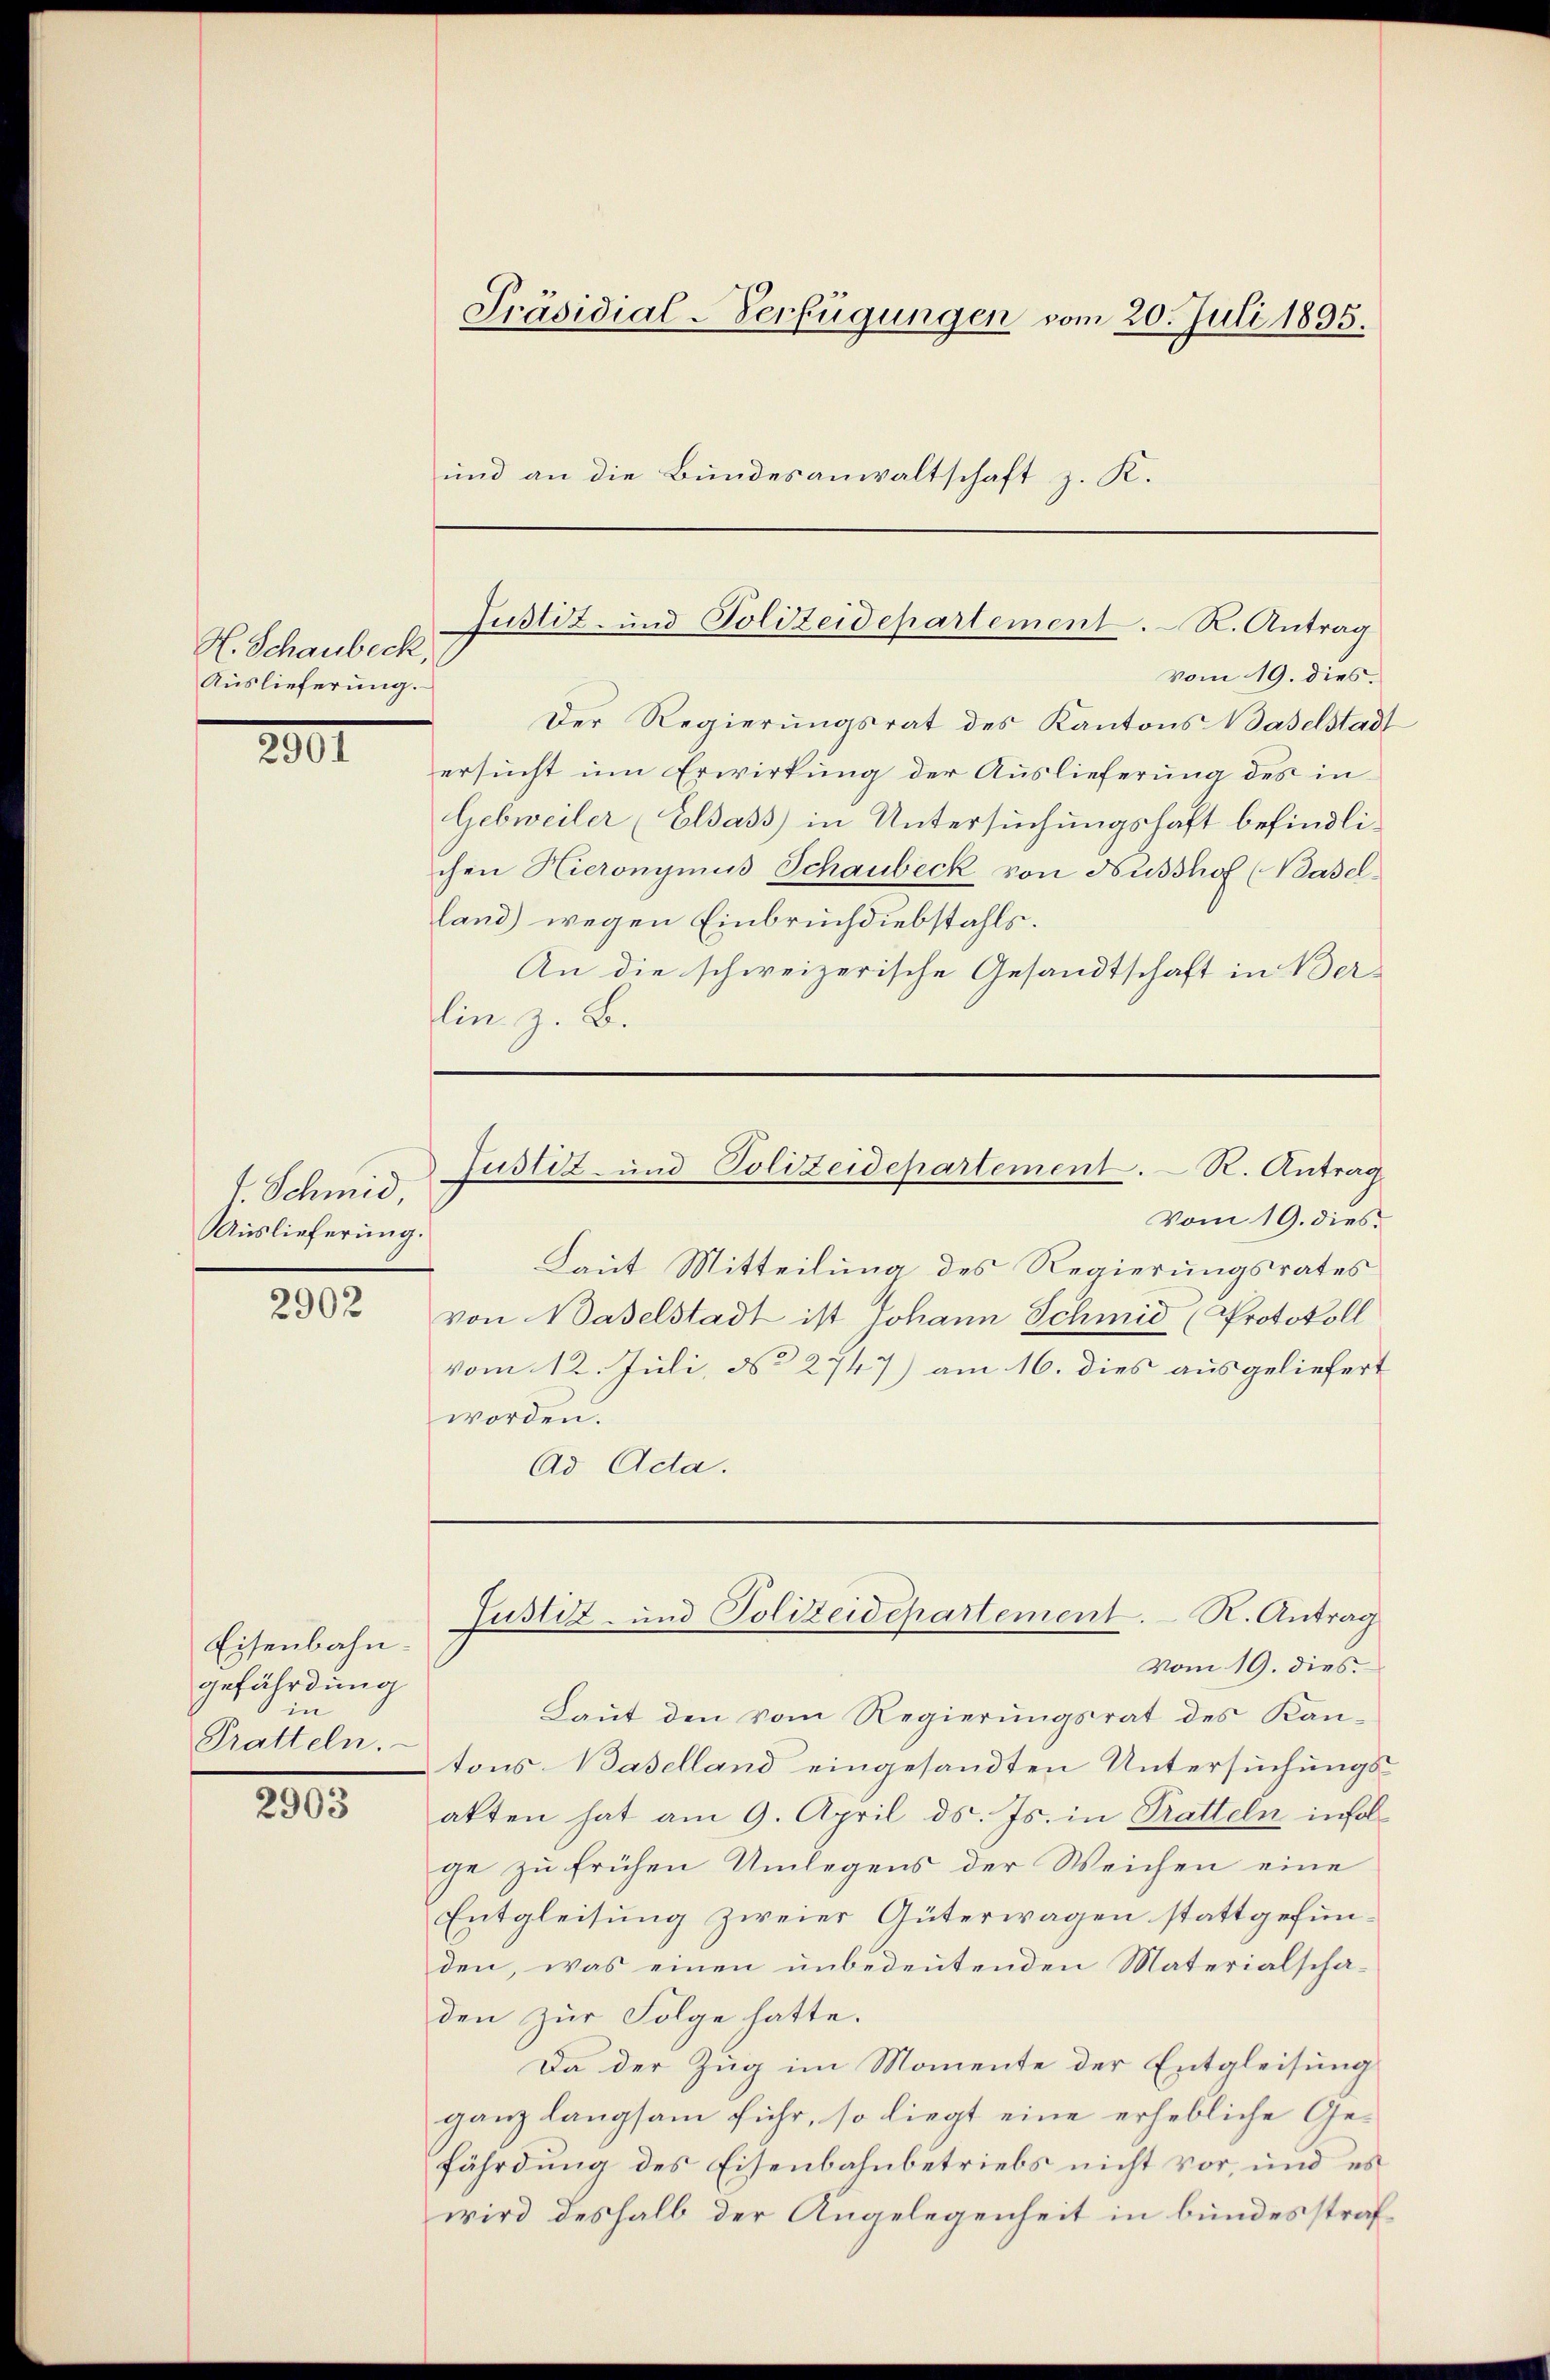
H. Schaubeck,
Auslieferung.

2001

J. Schmid,
Auslieferung.

2902

Eisenbahn.
gefährdung
in
Pratteln.

2903

Präsidial-Verfügungen vom 20. Juli 1895.
und an die Bundesanwaltschaft z. K.

vom 19. dies.
Der Regierungsrat des Kantons Baselstadt
ersucht um Erwirkung der Auslieferung des in
Gebweiler (Elsass in Untersuchungshaft befindlichen Hieronymus Schaubeck von Husshof (Baselland) wegen Einbruch diebstahls.
An die schweizerische Gesandtschaft in Ber-
lin. z. B.

Justiz- und Polizeidepartement. R. Antrag

Justiz- und Polizeidepartement. R. Antrag

Vom 19. dies
Laut Mitteilung des Regierungsrates
von Baselstadt ist Johann Schmid (Protokoll
vom 12. Juli, No 2747) am 16. dies ausgeliefert
worden.
Ad Acta.

vom 19. dies
Laut den vom Regierungsrat des Kan-
tons Baselland eingesandten Untersuchungs-
akten hat am 9. April d. Js. in Pratteln infolge zu frühen Umlegens der Weichen eine
Entgleisung zweier Güterwagen stattgefunden, was einen unbedeutenden Materialscha-
den zur Folge hatte.
Da der Zug im Momente der Entgleisung
ganz langsam fuhr, so liegt eine erhebliche Gefährdung des Eisenbahnbetriebs nicht vor, und es
wird deshalb der Angelegenheit in bundesstraf¬

Justiz- und Polizeidepartement. R. Antrag